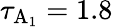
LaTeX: \tau_{\textrm{A}_{1}}=1.8